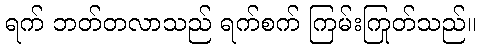
ရက် ဘတ်တလာသည် ရက်စက် ကြမ်းကြုတ်သည်။